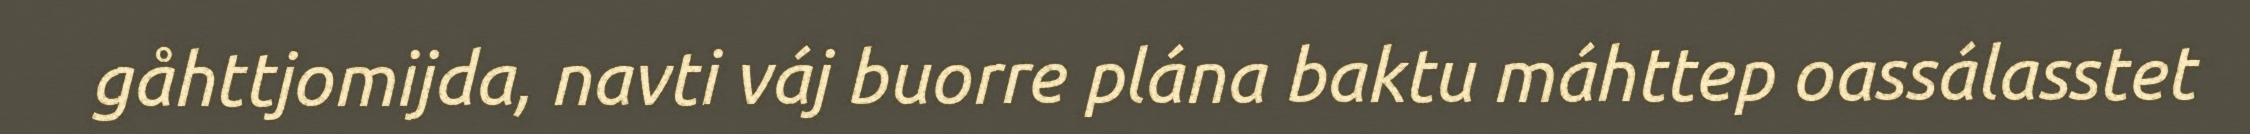
gåhttjomijda, navti váj buorre plána baktu máhttep oassálasstet